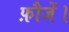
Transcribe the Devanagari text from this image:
फ़ौजें।